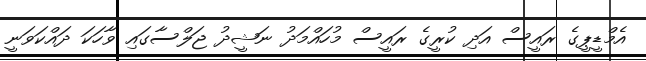
އެމްޑީޕީގެ ރައީސް އަދި ކުރީގެ ރައީސް މުހައްމަދު ނަޝީދު ޖަލްސާގައި ވާހަކަ ދައްކަވަނީ